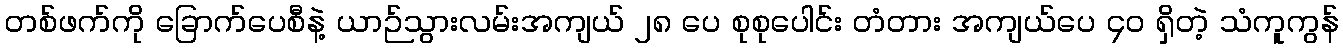
တစ်ဖက်ကို ခြောက်ပေစီနဲ့ ယာဉ်သွားလမ်းအကျယ် ၂၈ ပေ စုစုပေါင်း တံတား အကျယ်ပေ ၄၀ ရှိတဲ့ သံကူကွန်